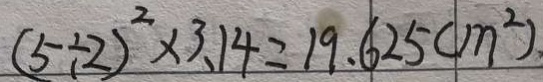
( 5 \div 2 ) ^ { 2 } \times 3 . 1 4 = 1 9 . 6 2 5 ( m ^ { 2 } )